Indian journal of veterinary science and animal husbandry - Volume 5,
Year: 1935
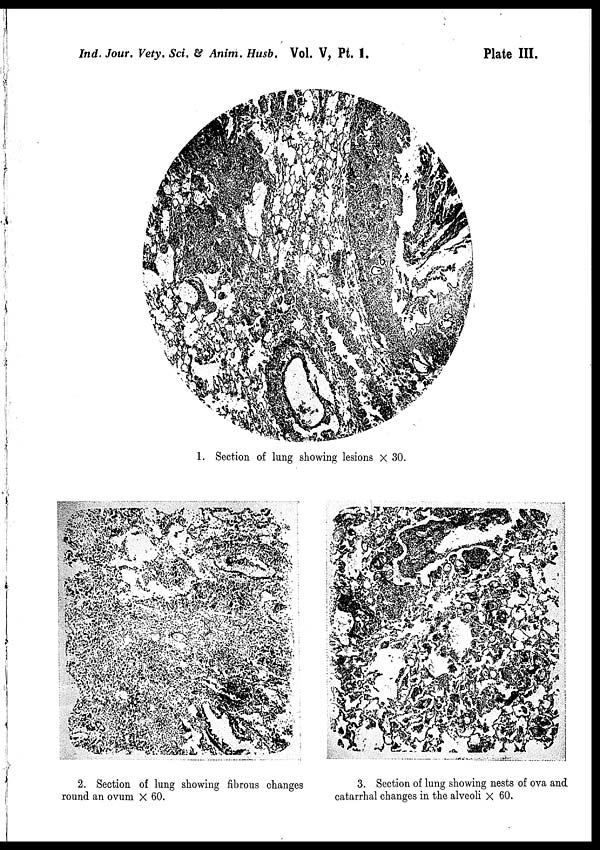
Ind. Jour. Vety. Sci. & Anim. Husb. Vol. V, Pt. 1.
Plate III.
1. Section of lung showing lesions × 30.
2. Section of lung showing fibrous changes
round an ovum × 60.
3. Section of lung showing nests of ova and
catarrhal changes in the alveoli × 60.